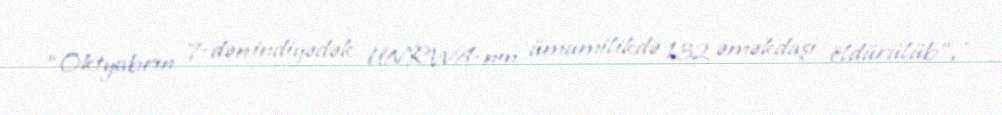
“Oktyabrın 7-dən indiyədək UNRWA-nın ümumilikdə 132 əməkdaşı öldürülüb”, -